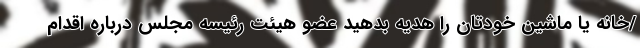
/خانه یا ماشین خودتان را هدیه بدهید عضو هیئت رئیسه مجلس درباره اقدام